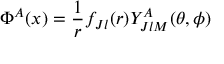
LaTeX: \Phi ^ { A } ( x ) = { \frac { 1 } { r } } f _ { J l } ( r ) Y _ { J l M } ^ { A } ( \theta , \phi )